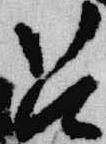
召